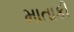
માતાકી